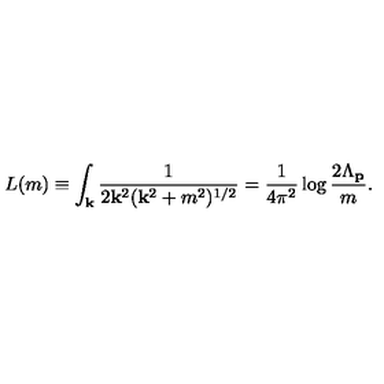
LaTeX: L ( m ) \equiv \int _ { \bf k } \frac { 1 } { 2 { \bf k } ^ { 2 } ( { \bf k } ^ { 2 } + m ^ { 2 } ) ^ { 1 / 2 } } = \frac { 1 } { 4 \pi ^ { 2 } } \log \frac { 2 \Lambda _ { \bf p } } { m } .